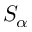
S _ { \alpha }